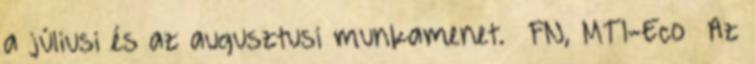
a júliusi és az augusztusi munkamenet. FN, MTI-Eco Az